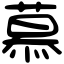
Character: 慕